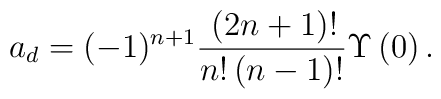
{a_{d}}=(-1)^{n+1}\frac{\,(2n+1)!}{{n}!\left( n-1\right) !}\Upsilon \left(0\right) .